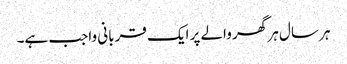
ہر سال ہر گھر والے پر ایک قربانی واجب ہے۔